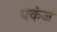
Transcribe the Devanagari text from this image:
पकंज